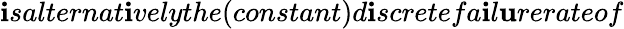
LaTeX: \mathbf{i}salternat\mathbf{i}velythe(constant)d\mathbf{i}scretefa\mathbf{i}l\mathbf{u}rerateof